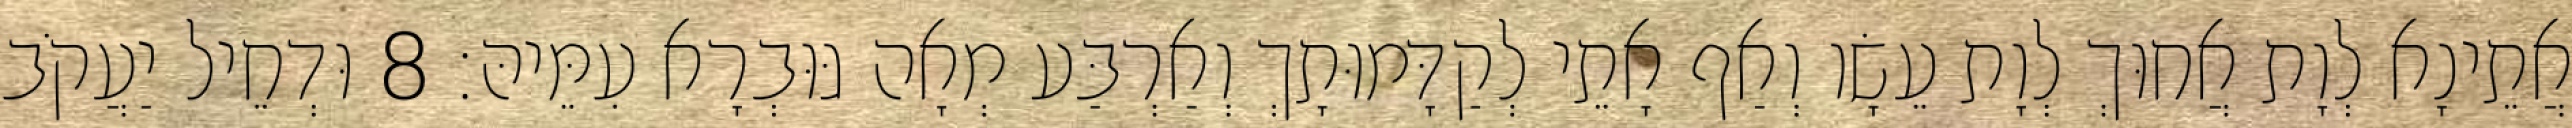
אֲתֵינָא לְוָת אֲחוּךְ לְוָת עֵשָׂו וְאַף אָתֵי לְקַדָּמוּתָךְ וְאַרְבַּע מְאָה גּוּבְרָא עִמֵּיהּ׃ 8 וּדְחֵיל יַעֲקֹב